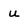
Character: u